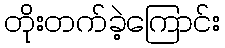
တိုးတက်ခဲ့ကြောင်း